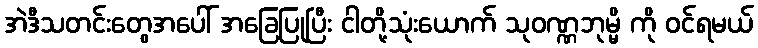
အဲဒီသတင်းတွေအပေါ် အခြေပြုပြီး ငါတို့သုံးယောက် သုဝဏ္ဏဘုမ္မိ ကို ဝင်ရမယ်